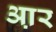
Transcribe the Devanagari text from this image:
आ़र